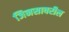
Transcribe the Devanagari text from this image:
जिनसावरील